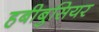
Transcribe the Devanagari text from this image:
हबीबुसियर